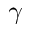
\gamma